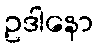
ဥဒါနော